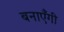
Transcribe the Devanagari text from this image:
बनाएँगी